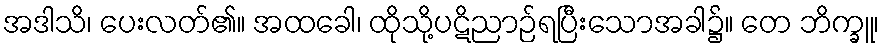
အဒါသိ၊ ပေးလတ်၏။ အထခေါ၊ ထိုသို့ပဋိညာဉ်ရပြီးသောအခါ၌။ တေ ဘိက္ခူ၊